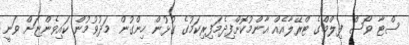
ސްޓާ ވޯސް ފިލްމްގެ ޓްރޭލާއެއް އާންމުކޮށްފިދެމަފިރިކަމުގެ ގުޅުން ހިންގުން މަދުވުމުން ކައިވެންޏަށް ވަނީ